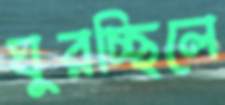
ঘুরচ্ছিলে